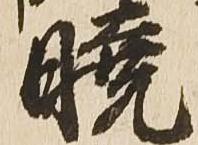
暁